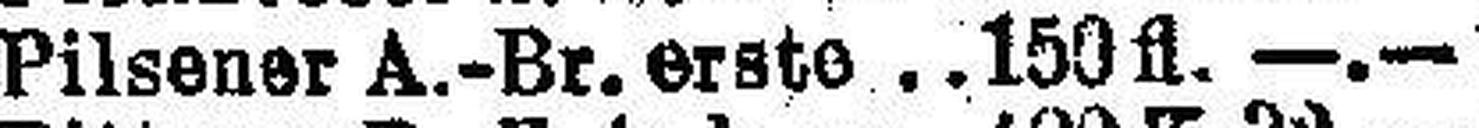
Pilsener A.-Br. erste  150 fl. —.—